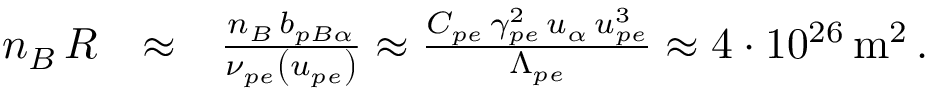
\begin{array} { r l r } { n _ { B } \, { \cal R } } & { \approx } & { \frac { n _ { B } \, b _ { p B \alpha } } { \nu _ { p e } \left( u _ { p e } \right) } \approx \frac { C _ { p e } \, \gamma _ { p e } ^ { 2 } \, u _ { \alpha } \, u _ { p e } ^ { 3 } } { \Lambda _ { p e } } \approx 4 \cdot 1 0 ^ { 2 6 } \, \mathrm { m } ^ { 2 } \, . } \end{array}